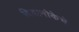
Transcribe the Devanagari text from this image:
विवानौकेचे